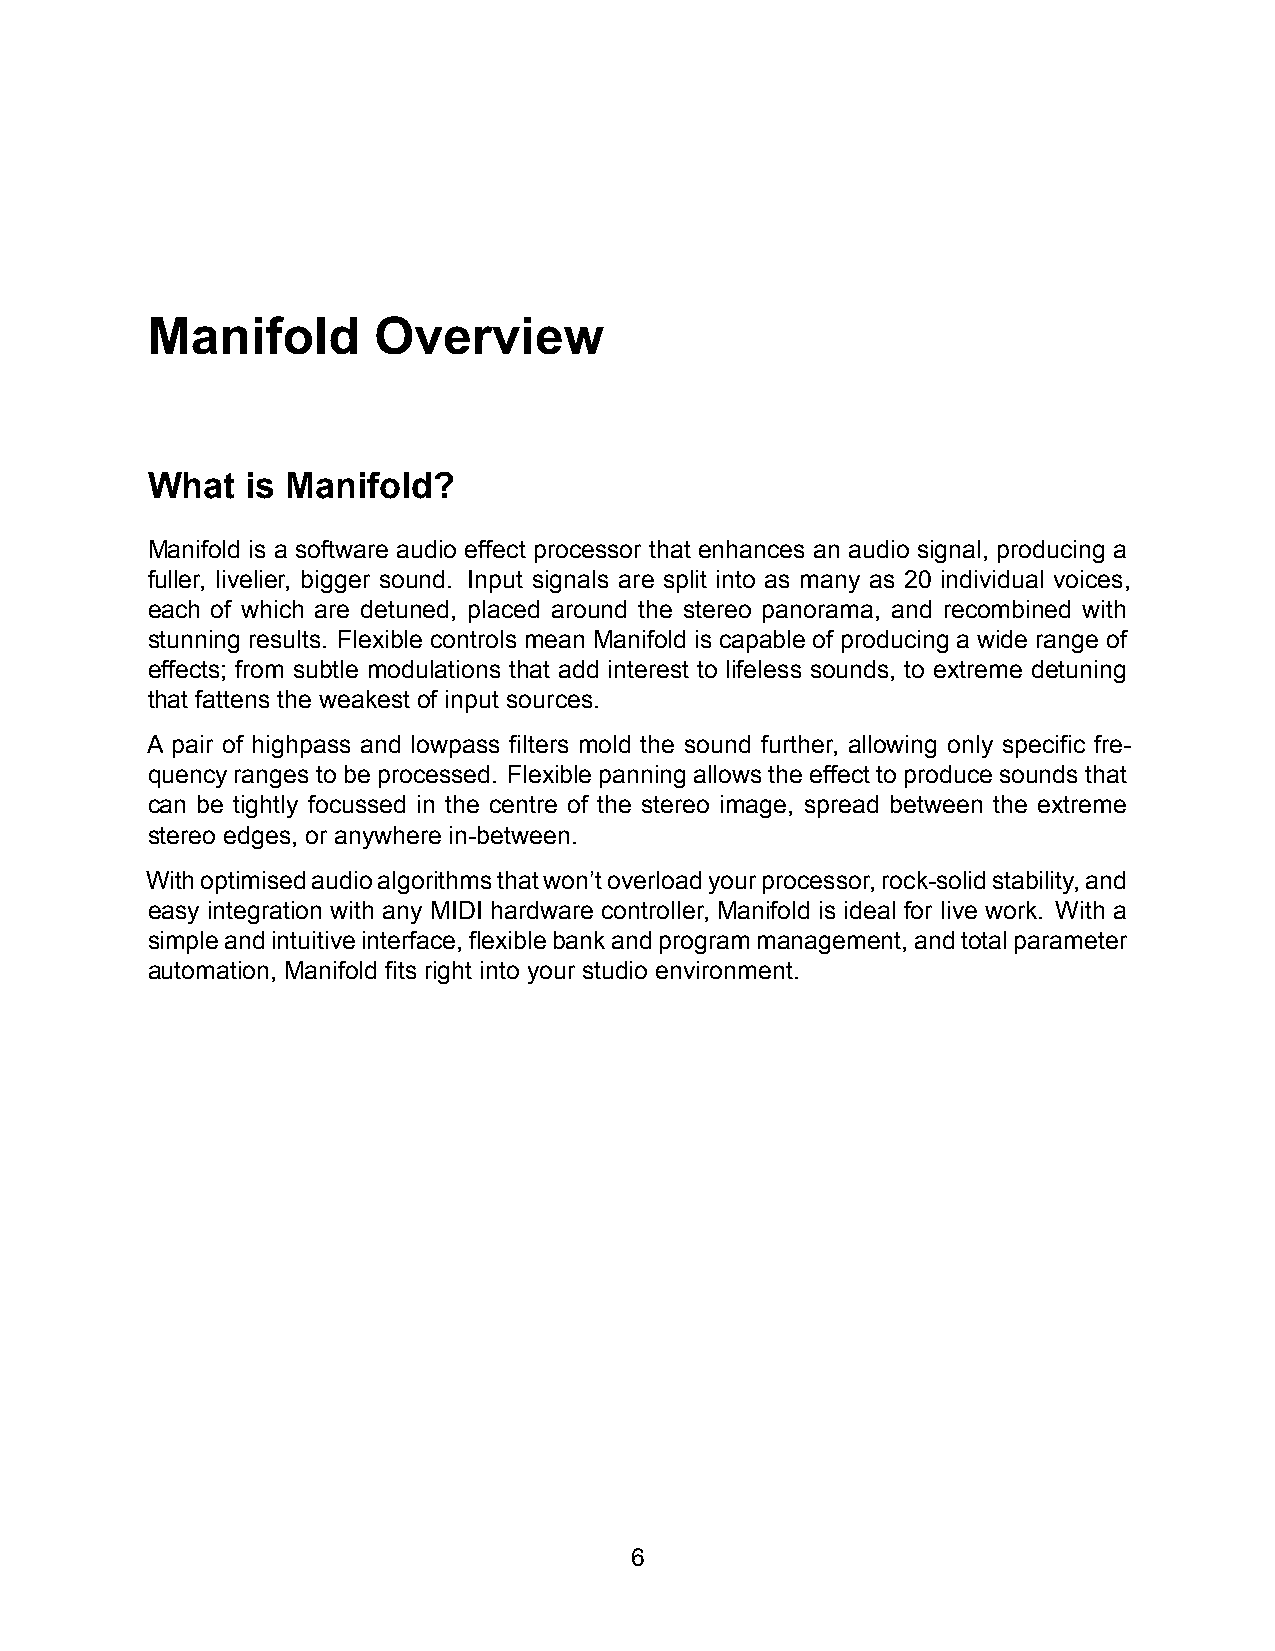
Manifold       Overview
 What  is Manifold?
 Manifold is a software audio effect processor that enhances an audio signal, producing a
 fuller, livelier, bigger sound. Input signals are split into as many as 20 individual voices,
 each of which are detuned, placed around the stereo panorama, and recombined with
 stunning results. Flexible controls mean Manifold is capable of producing a wide range of
 effects; from subtle modulations that add interest to lifeless sounds, to extreme detuning
 that fattens the weakest of input sources.
 A pair of highpass and lowpass filters mold the sound further, allowing only specific fre-
 quencyrangestobeprocessed. Flexiblepanningallowstheeffecttoproducesoundsthat
 can be tightly focussed in the centre of the stereo image, spread between the extreme
 stereo edges, or anywhere in-between.
 Withoptimisedaudioalgorithmsthatwon’toverloadyourprocessor,rock-solidstability,and
 easy integration with any MIDI hardware controller, Manifold is ideal for live work. With a
 simpleandintuitiveinterface,flexiblebankandprogrammanagement,andtotalparameter
 automation, Manifold fits right into your studio environment.
 6